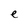
Character: e